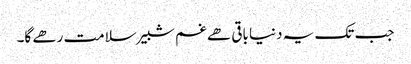
جب تک یہ دنیا باقی ھے غم شبیر سلامت رھے گا۔